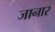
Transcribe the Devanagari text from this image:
जानार